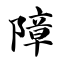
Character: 障